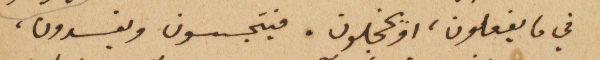
في ما يفعلون، او يخجلون. فيتجسسون ويفسدون،